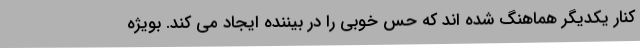
کنار یکدیگر هماهنگ شده اند که حس خوبی را در بیننده ایجاد می کند. بویژه